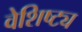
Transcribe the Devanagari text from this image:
वेशिष्ट्य